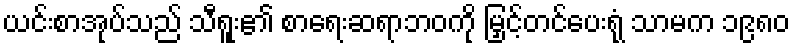
ယင်းစာအုပ်သည် သီရူး၏ စာရေးဆရာဘဝကို မြှင့်တင်ပေးရုံ သာမက ၁၉၈၀